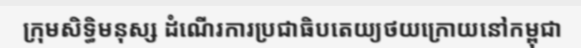
ក្រុមសិទ្ធិមនុស្ស ដំណើរការប្រជាធិបតេយ្យថយក្រោយនៅកម្ពុជា